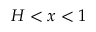
H < x < 1